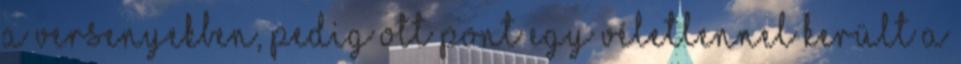
a versenyekben, pedig ott pont egy véletlennel került a